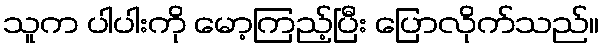
သူက ပါပါးကို မော့ကြည့်ပြီး ပြောလိုက်သည်။